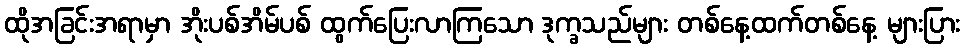
ထိုအခြင်းအရာမှာ အိုးပစ်အိမ်ပစ် ထွက်ပြေးလာကြသော ဒုက္ခသည်များ တစ်နေ့ထက်တစ်နေ့ များပြား